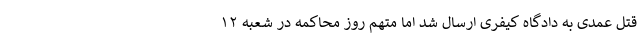
قتل عمدی به دادگاه کیفری ارسال شد اما متهم روز محاکمه در شعبه ۱۲